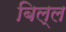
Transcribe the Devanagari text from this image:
बिल्ल